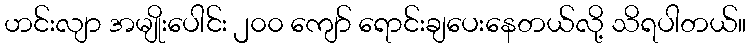
ဟင်းလျာ အမျိုးပေါင်း ၂၀၀ ကျော် ရောင်းချပေးနေတယ်လို့ သိရပါတယ်။